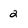
Character: 2